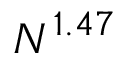
N ^ { 1 . 4 7 }